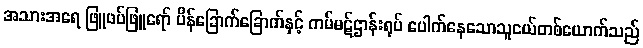
အသားအရေ ဖြူဖပ်ဖြူရော် ပိန်ခြောက်ခြောက်နှင့် ကမ်မဋ်ဌာန်းရုပ် ပေါက်နေသောသူငယ်တစ်ယောက်သည်